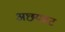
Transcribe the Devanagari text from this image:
अछयवट